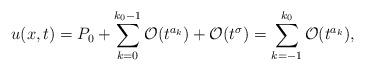
LaTeX: \begin{align*}u(x,t)= P_0 + \sum_{k=0}^{k_0-1}\mathcal O (t^{a_k}) + \mathcal O(t^{\sigma}) = \sum_{k=-1}^{k_0}\mathcal O (t^{a_k}),\end{align*}